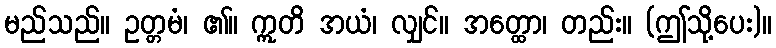
မည်သည်။ ဥတ္တမံ၊ ၏။ ဣတိ အယံ၊ လျှင်။ အတ္ထော၊ တည်း။ (ဤသို့ပေး)။